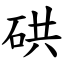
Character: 硔